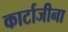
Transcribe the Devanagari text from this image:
कार्टाजीना